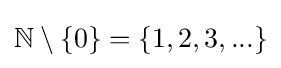
\mathbb {N} \setminus \left\{0\right\}=\{1,2,3,...\}